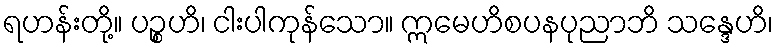
ရဟန်းတို့။ ပဉ္စဟိ၊ ငါးပါကုန်သော။ ဣမေဟိစပနပုညာဘိ သန္ဒေဟိ၊